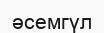
әсемгүл